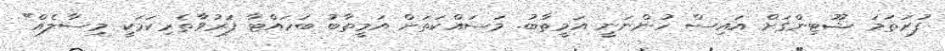
ފުރަތަމަ ޝޫޓިންގަށް އައިސް ހުންނަނީ އަމީތާބު. މަސައްކަތަށް އަމީތާބު ބަހައްޓާ ފަރުވާތެރިކަމަކީ މިސާލެއް"